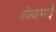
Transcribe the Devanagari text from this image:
कोयाभाई